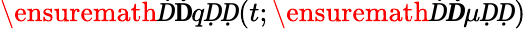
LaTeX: \ensuremath Ḋ\mathbf ḊqḌḌ(t;\ensuremath Ḋ\boldsymbol Ḋ\mu ḌḌ)